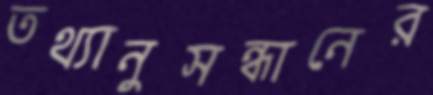
তথ্যানুসন্ধানের